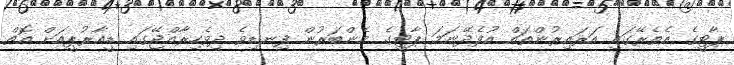
ޕާޓީގެ އެތެރޭގައި އަރައިރުންތައް އުފެދޭނަމަ ޕާޓީގެ މެންބަރުން ފިނޑިވެ ދިވެހިރާއްޖޭގައި ޑީއާރުޕީއަށް އޮތް